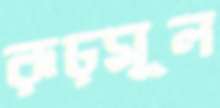
রূঢ়মূল